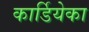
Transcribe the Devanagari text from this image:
कार्डियेका